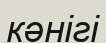
кәнігі